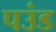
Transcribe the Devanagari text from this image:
पउंड